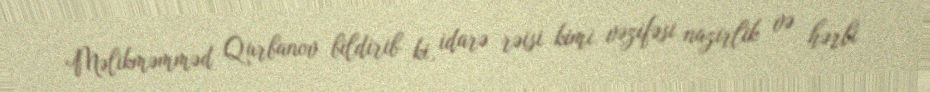
Məlikməmməd Qurbanov bildirib ki, idarə rəisi kimi vəzifəsi nazirlik və hərbi